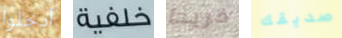
أدخلوا خلفية فريدا صديقك